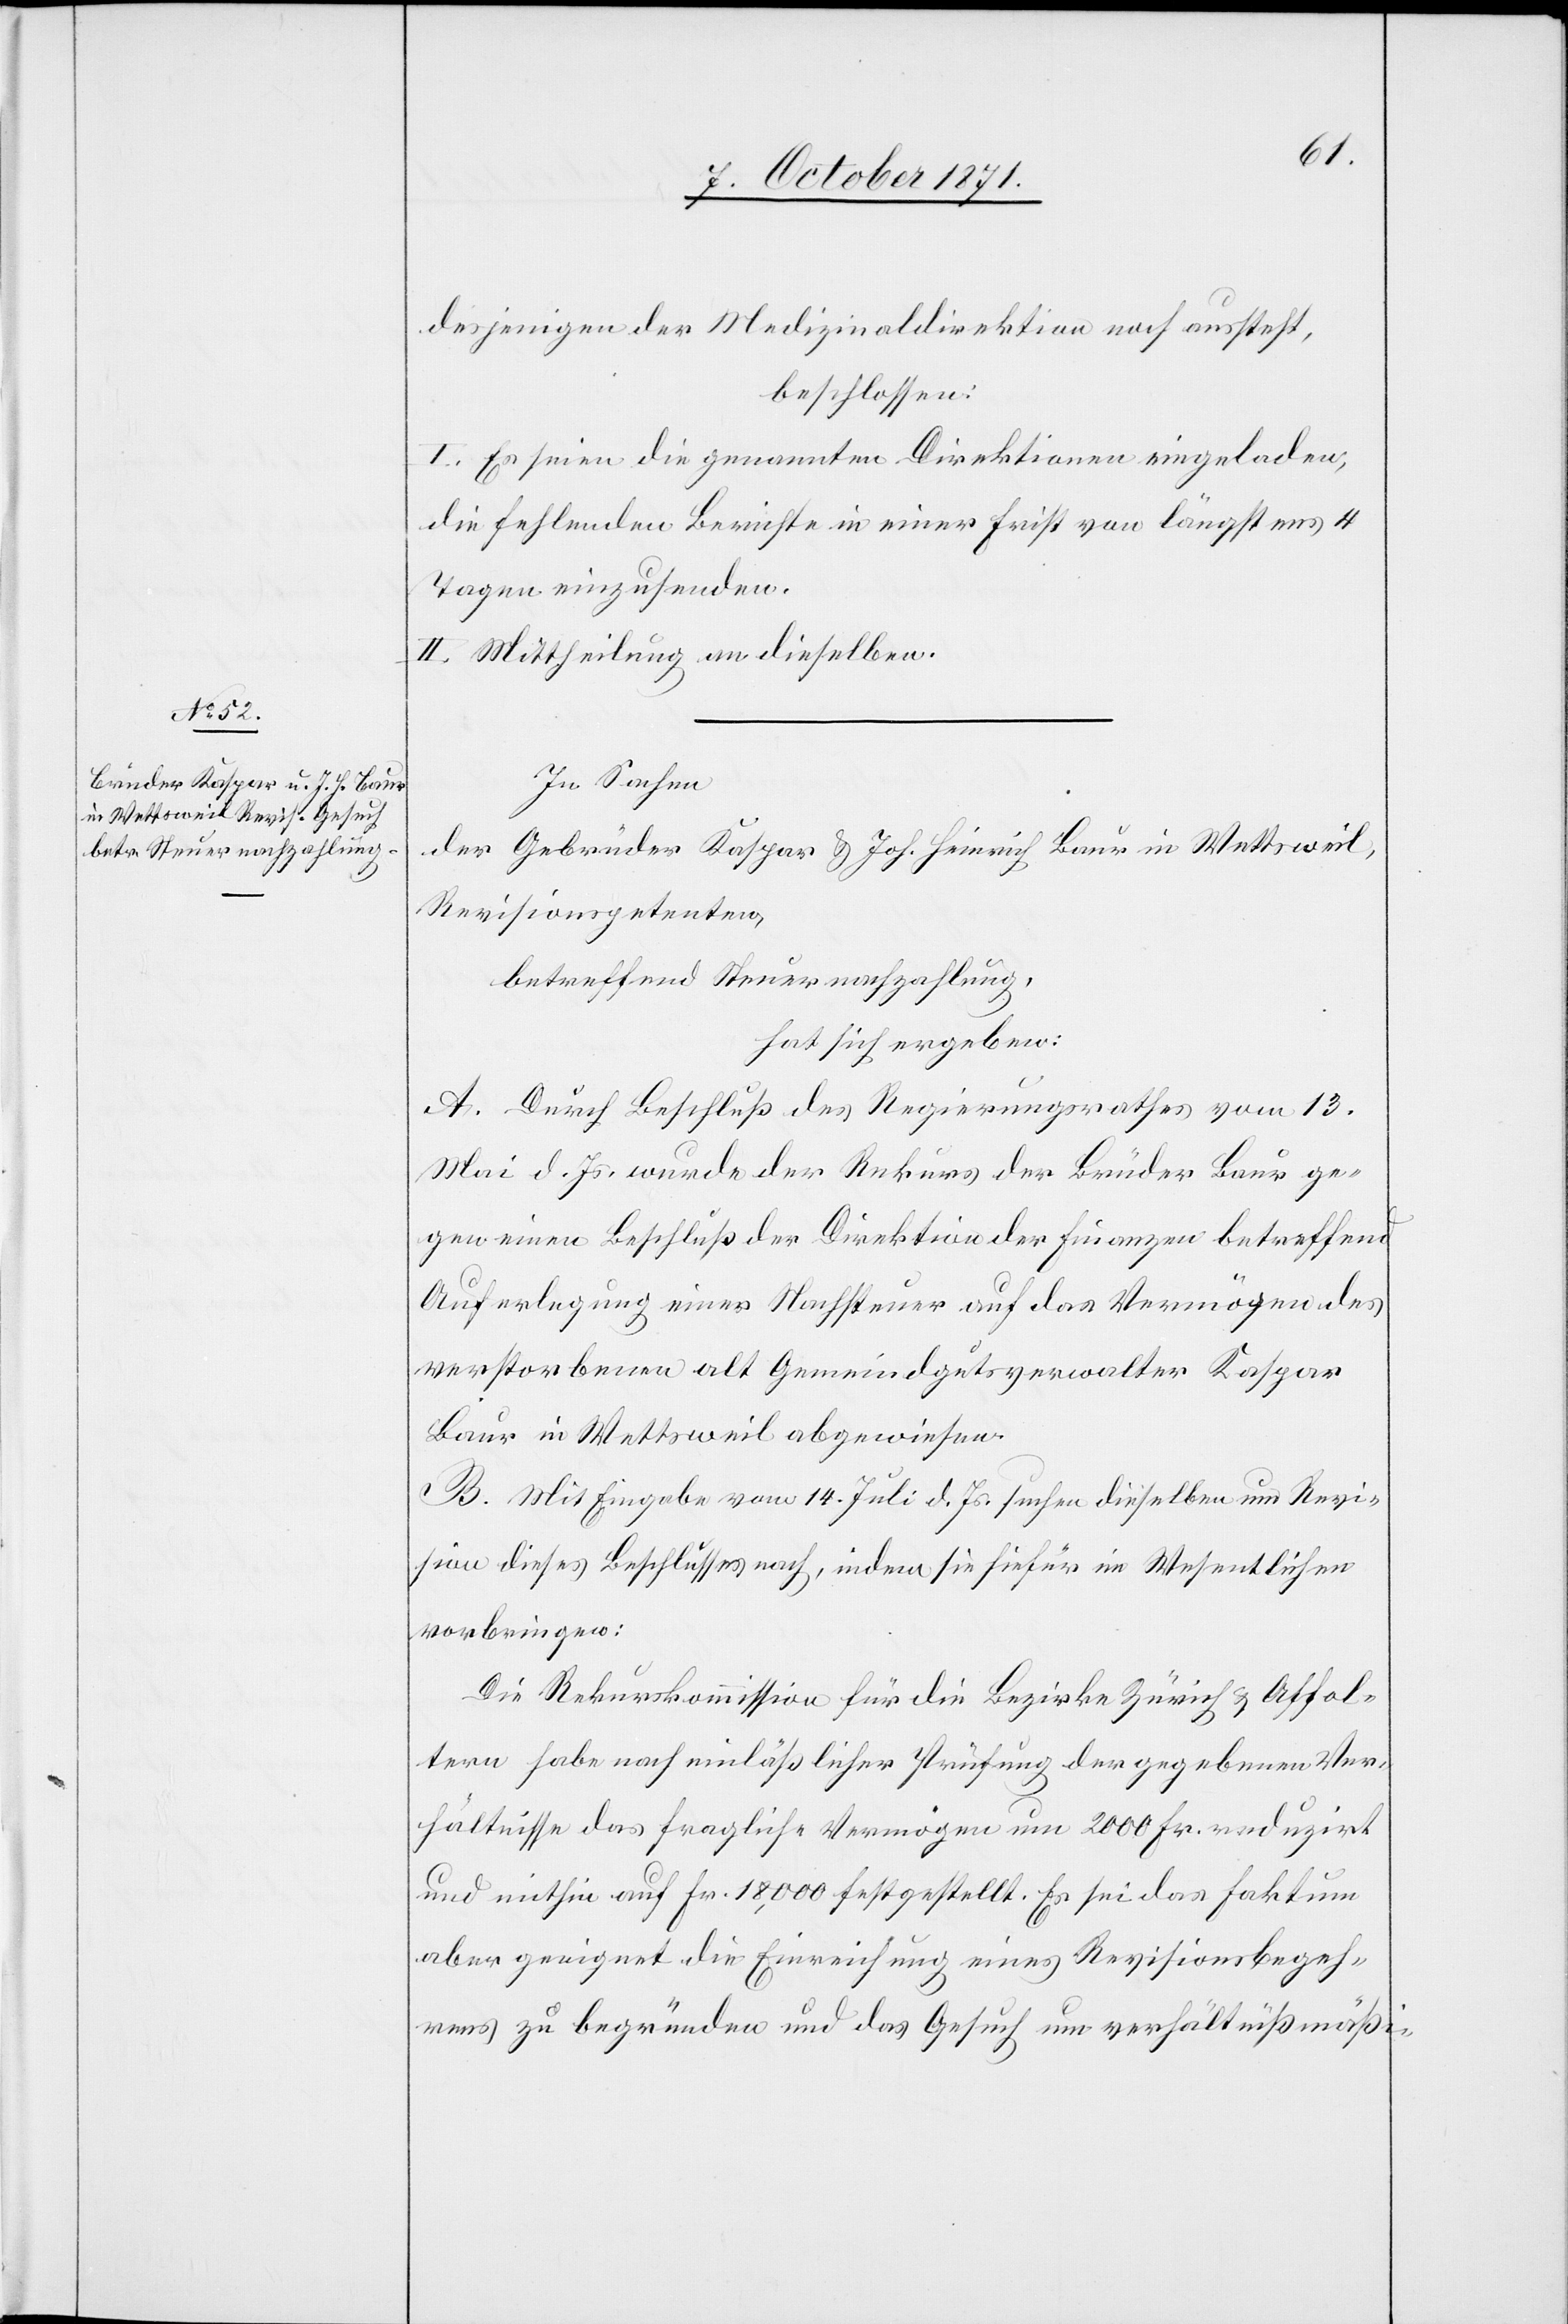
desjenigen der Medizinaldirektion noch aussteht,
beschlossen:
I. Es seien die genannten Direktionen eingeladen,
die fehlenden Berichte in einer Frist von längstens 4
Tagen einzusenden.
II. Mittheilung an dieselben.
In Sachen
der Gebrüder Kaspar & Joh. Heinrich Baur in Wettsweil,
Revisionspetenten,
betreffend Steuernachzahlung,
hat sich ergeben:
A. Durch Beschluß des Regierungsrathes vom 13.
Mai d. Js. wurde der Rekurs der Brüder Baur ge¬
gen einen Beschluß der Direktion der Finanzen betreffend
Auferlegung einer Nachsteuer auf das Vermögen des
verstorbenen alt Gemeindgutsverwalter Kaspar
Baur in Wettsweil abgewiesen.
B. Mit Eingabe vom 14. Juli d. Js. suchen dieselben um Revi¬
sion dieses Beschlusses nach, indem sie hiefür im Wesentlichen
vorbringen:
Die Rekurskommission für die Bezirke Zürich & Affol¬
tern habe nach einlässlicher Prüfung der gegebenen Ver¬
hältnisse das fragliche Vermögen um 2000 Fr. reduzirt
und mithin auf Fr. 18,000 festgestellt. Es sei das Faktum
aber geeignet die Einreichung eines Revisionsbegeh¬
rens zu begründen und das Gesuch um verhältnißmäßi-